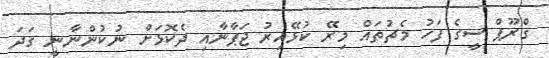
ގްރޫޕް ސީގެ ފަހު މެޗުތައް މިރޭ ކުޅޭއިރު ޖަޕާނާއި ދެކޮޅަށް ނުކުންނާނީ ގަދަ